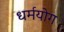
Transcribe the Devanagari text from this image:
धर्मयोग